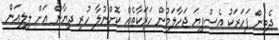
ދެތިން ފަހަރަކު އެސްފިޔަ ޖަހާލަމުން ހަރަކާތެއް ކޮށްނުލާ ހުރި ދިޔާން އަށް ލިލިއަން